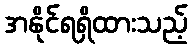
အနိုင်ရရှိထားသည့်